Insane asylums in Bengal annual reports 1867-1875 - 1867-1875
Year: 1867
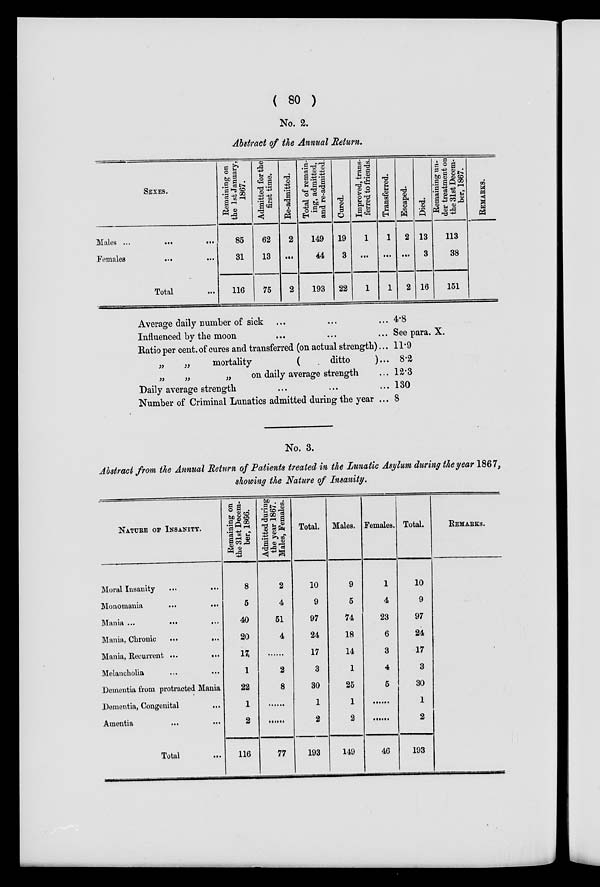
( 80 )
No. 2.
Abstract of the Annual Return.
SEXES.
Males ... ... ...
Females ... ... ...
Total ...
Remaining on
the 1st January,
1867.
85
31
116
Admitted for the
first time.
62
13
75
Re-admitted.
2
...
2
Total of remain-
ing, admitted,
and re-admitted.
149
44
193
Cured.
19
3
22
Improved, trans-
ferred to friends.
1
...
1
Transferred.
1
...
1
Escaped.
2
...
2
Died.
13
3
16
Remaining un-
der treatment on
the 31st Decem-
ber, 1867.
113
38
151
REMARKS.
Average daily number of sick ... ... ...
Influenced by the moon ... ... ...
Ratio per cent. of cures and transferred (on actual strength)...
„
„
mortality
(
ditto
)...
„
„
„
on daily average strength ...
Daily average strength ... ... ...
Number of Criminal Lunatics admitted during the year ...
4.8
See para. X.
11.9
8.2
12.3
130
8
No. 3.
Abstract from the Annual Return of Patients treated in the Lunatic Asylum during the year 1867,
showing the Nature of Insanity.
NATURE OF INSANITY
Moral Insanity
...
...
Monomania
...
...
Mania ...
... ...
Mania, Chronic
...
...
Mania, Recurrent ...
...
Melancholia ... ...
Dementia from protracted Mania
Dementia, Congenital ...
Amentia ... ...
Total ...
Remaining on
the 31st Decem-
ber, 1866.
8
5
40
20
17
1
22
1
2
116
Admitted during
the year 1867.
Males, Females.
2
4
51
4
...
2
8
...
...
77
Total.
10
9
97
24
17
3
30
1
2
193
Males.
9
5
74
18
14
1
25
1
2
149
Females.
1
4
23
6
3
4
5
...
...
46
Total.
10
9
97
24
17
3
30
1
2
193
REMARKS.